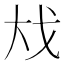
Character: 𪥅